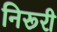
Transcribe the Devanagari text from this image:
निरूरी